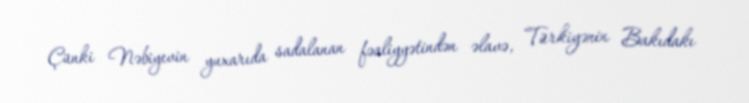
Çünki Nəbiyevin yuxarıda sadalanan fəaliyyətindən əlavə, Türkiyənin Bakıdakı